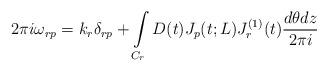
LaTeX: \begin{align*}2\pi i\omega_{rp}=k_r\delta_{rp}+\int\limits_{C_r}D(t)J_p(t;L)J_r^{(1)}(t)\frac{d\theta dz}{2\pi i}\end{align*}